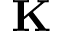
\mathbf { K }